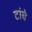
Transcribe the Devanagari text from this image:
टांचे